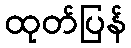
ထုတ်ပြန်